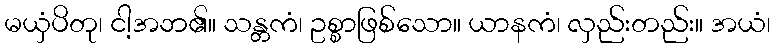
မယှံပိတု၊ ငါ့အဘ၏။ သန္တကံ၊ ဥစ္စာဖြစ်သော။ ယာနကံ၊ လှည်းတည်း။ အယံ၊